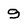
Character: 9